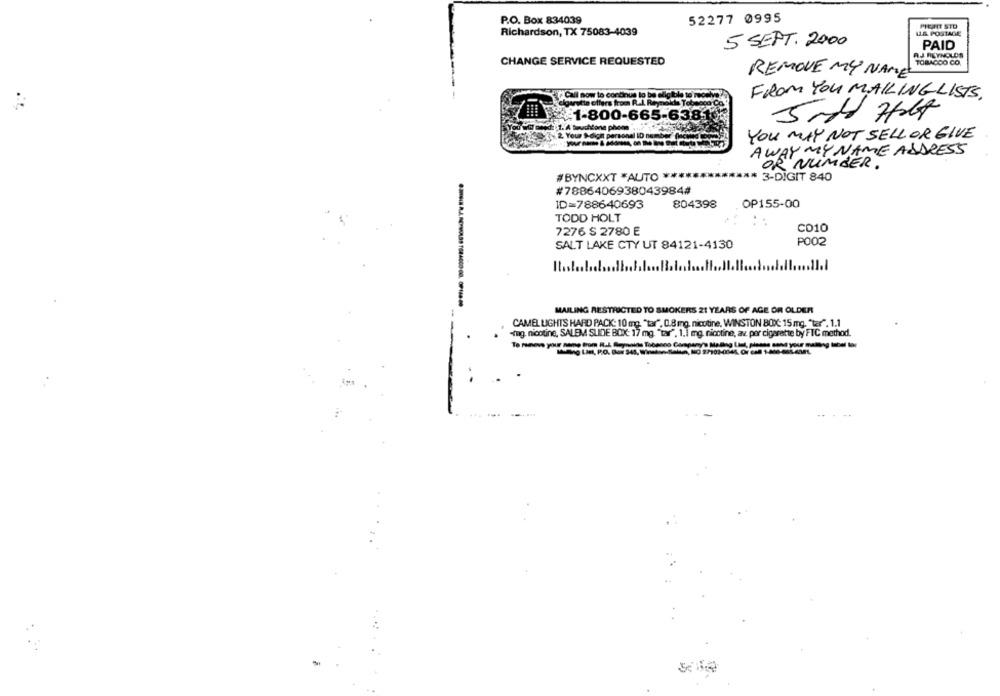
P.O. Box 834039
52277 0995
PIEAIT STD
Richardson, TX 75083-4039
L& POSTAGE
5 SEPT. 2000
PAID
AJ REYNOLDS
CHANGE SERVICE REQUESTED
TOBACOO CO.
REMOVE MY NAME
"Call now to continue to be eligible to receive
FROM YOU MAILING LISTS,
elgarstin offers from R.l. Reynolds Tobacco Co
1-800-665-638 16
YOU MAY NOT SELL OR GIVE
AWAY MY NAME ADDRESS
OR NUMBER .
#BYNCXXT *AUTO *
3-DIGIT 840
#7886406938043984#
ID=788640693
804398
OP155-00
TODD HOLT
CD10
7276 $ 2780 E
P002
SALT LAKE CTY UT 84121-4130
11 ..
MAILING RESTRICTED TO SMOKERS 21 YEARS OF AGE OR OLDER
CAMEL LIGHTS HARD PACK: 10 mg. "tar", 0.8 ing. nicotine, WINSTON BOX: 15 mg, "tar". 1.1
-ing. nicotine, SALEM SLIDE BOX: 17 mg. "tar". 1.1 mg. nicotine, av. por cigarette by FTC method.
To ruineve your sono trom R.L. Raynoite Tobanco Company's Maling List, plasse sand your mailing lubel for